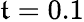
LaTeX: \mathfrak{t}=0.1